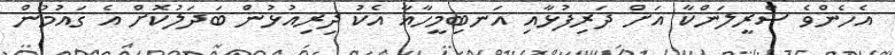
އެހެންވެ ސްރީލަންކާ އަށް ދަރިފުޅާއި އަނބިމީހާއާ އެކު ދިރިއުޅުން ބަދަލުކޮށް އެ ގައުމުން